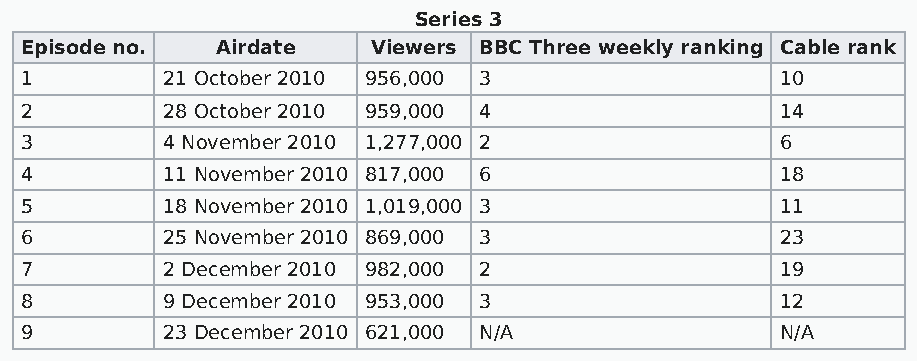
Series 3
 Episode no.  Airdate    Viewers BBC Three weekly ranking Cable rank
 1         21 October 2010 956,000 3                10
 2         28 October 2010 959,000 4                14
 3         4 November 2010 1,277,000 2              6
 4         11 November 2010 817,000 6               18
 5         18 November 2010 1,019,000 3             11
 6         25 November 2010 869,000 3               23
 7         2 December 2010 982,000 2                19
 8         9 December 2010 953,000 3                12
 9         23 December 2010 621,000 N/A             N/A